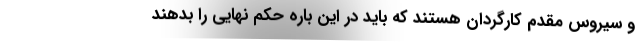
و سیروس مقدم کارگردان هستند که باید در این باره حکم نهایی را بدهند